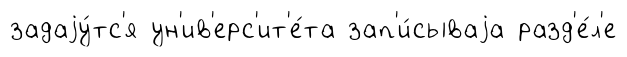
задаjу́тс'я ун'ив'ерс'ит'е́та зап'и́сываjа разд'е́л'е